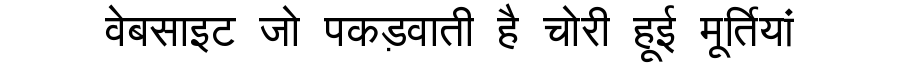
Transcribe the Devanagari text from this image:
वेबसाइट जो पकड़वाती है चोरी हूई मूर्तियां